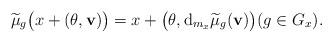
LaTeX: \begin{align*} \widetilde{\mu}_g\big(x+(\theta,\mathbf{v})\big)=x+\big(\theta, \mathrm{d}_{m_x}\widetilde{\mu}_g(\mathbf{v})\big)(g\in G_x).\end{align*}